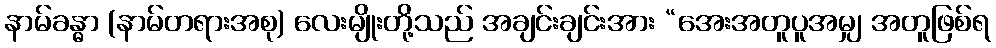
နာမ်ခန္ဓာ (နာမ်တရားအစု) လေးမျိုးတို့သည် အချင်းချင်းအား “အေးအတူပူအမျှ အတူဖြစ်ရ